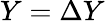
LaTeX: Y=\Delta Y